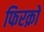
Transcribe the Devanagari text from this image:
फिरक़ों